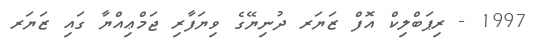
1997 - ރިޕަބްލިކް އޮފް ޒަޔަރ ދުނިޔޭގެ ވިޔަފާރި ޖަމްޢިއްޔާ ގައި ޒަޔަރ